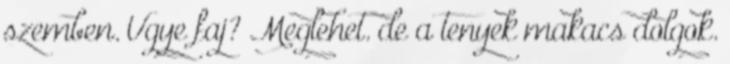
szemben. Ugye faj? Meglehet. de a tenyek makacs dolgok.